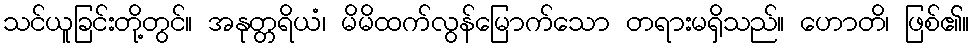
သင်ယူခြင်းတို့တွင်။ အနုတ္တရိယံ၊ မိမိထက်လွန်မြောက်သော တရားမရှိသည်။ ဟောတိ၊ ဖြစ်၏။